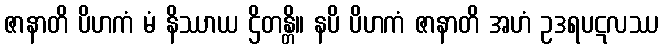
ဇာနာတိ ပိဟကံ မံ နိဿာယ ဌိတန္တိ။ နပိ ပိဟကံ ဇာနာတိ အဟံ ဥဒရပဋလဿ